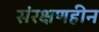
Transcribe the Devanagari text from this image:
संरक्षणहीन